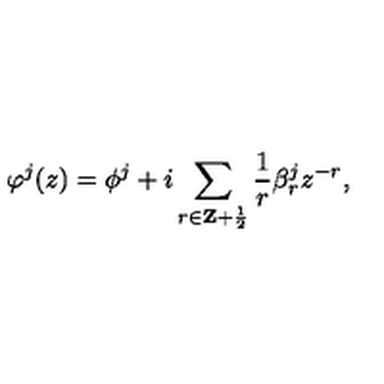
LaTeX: \varphi ^ { j } ( z ) = \phi ^ { j } + i \sum _ { r \in { \bf Z } + { \frac { 1 } { 2 } } } { \frac { 1 } { r } } \beta _ { r } ^ { j } z ^ { - r } ,